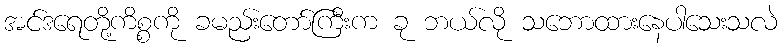
အင်ဒရေတို့ကိစ္စကို ခမည်းတော်ကြီးက ခု ဘယ်လို သဘောထားနေပါသေးသလဲ